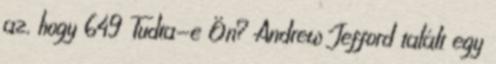
az, hogy 649 Tudta-e Ön? Andrew Jefford talált egy